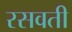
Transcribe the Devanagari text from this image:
रसवती